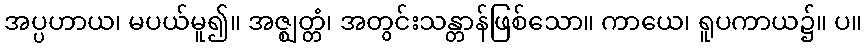
အပ္ပဟာယ၊ မပယ်မူ၍။ အဇ္ဈတ္တံ၊ အတွင်းသန္တာန်ဖြစ်သော။ ကာယေ၊ ရူပကာယ၌။ ပ။